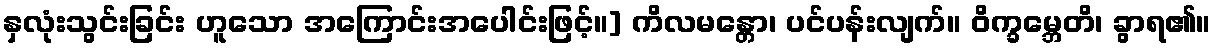
နှလုံးသွင်းခြင်း ဟူသော အကြောင်းအပေါင်းဖြင့်။] ကိလမန္တော၊ ပင်ပန်းလျက်။ ဝိက္ခမ္ဘေတိ၊ ခွာရ၏။